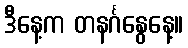
ဒီနေ့က တနင်္ဂနွေနေ့။